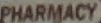
PHARMACY